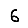
Digit: 6